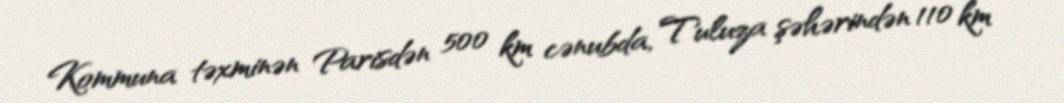
Kommuna təxminən Parisdən 500 km cənubda, Tuluza şəhərindən 110 km